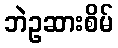
ဘဲဥဆားစိမ်